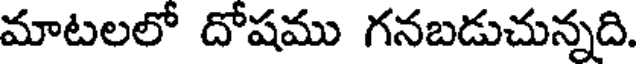
మాటలలో దోషము గనబడుచున్నది.